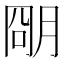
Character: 𬚽